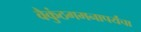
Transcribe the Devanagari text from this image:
वैकुंठगमनापर्यंचा